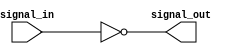
module inverting_buffer (
    input wire signal_in,
    output reg signal_out
);

always @ (signal_in)
begin
    signal_out = ~signal_in;
end

endmodule